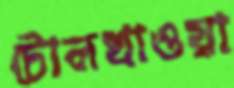
টোলখাওয়া